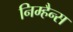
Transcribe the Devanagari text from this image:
निम्हैन्स